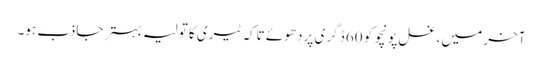
آخر میں ، غسل پونچو کو 60 ڈگری پر دھوئے تاکہ ٹیری کا تولیہ بہتر جاذب ہو۔